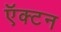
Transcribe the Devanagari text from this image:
ऍक्टन